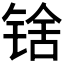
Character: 𬭘